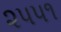
૨૫૫૧